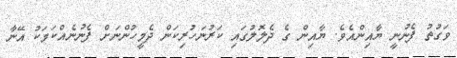
ވަގުތު ފެނުނީ ޔާއިންއެވެ. ޔާއިން ގެ ދެލޮލުގައި ކަރުނަހުރިކަން ދެމީހުންނަށް ފެނުނެއްކަމަކު އޭނާ